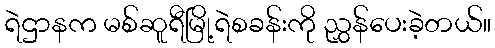
ရဲဌာနက မစ်ဆူရီမြို့ရဲစခန်းကို ညွှန်ပေးခဲ့တယ်။